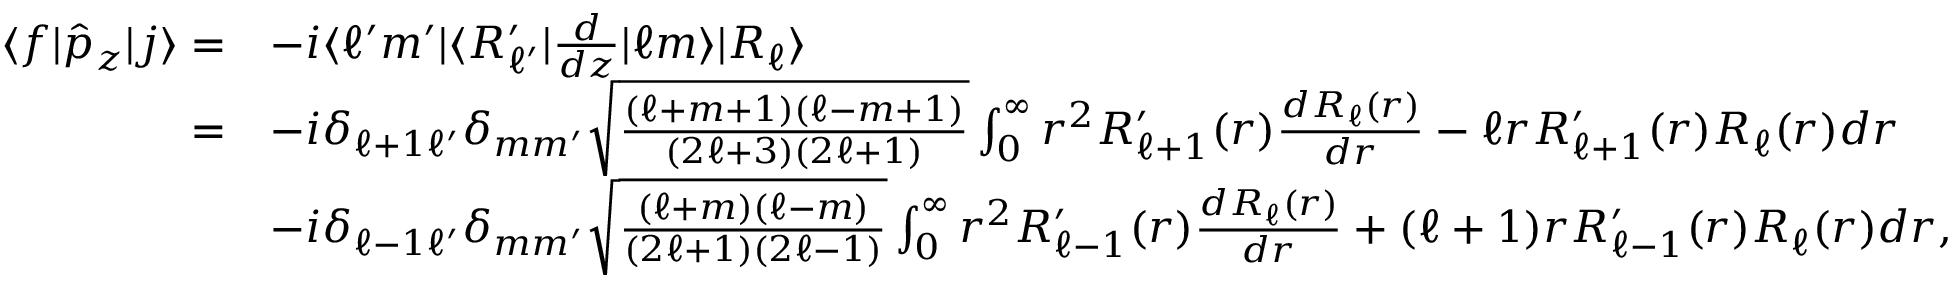
\begin{array} { r l } { \langle f | \hat { p } _ { z } | j \rangle = } & { - i \langle \ell ^ { \prime } m ^ { \prime } | \langle R _ { \ell ^ { \prime } } ^ { \prime } | \frac { d } { d z } | \ell m \rangle | R _ { \ell } \rangle } \\ { = } & { - i \delta _ { \ell + 1 \ell ^ { \prime } } \delta _ { m m ^ { \prime } } \sqrt { \frac { ( \ell + m + 1 ) ( \ell - m + 1 ) } { ( 2 \ell + 3 ) ( 2 \ell + 1 ) } } \int _ { 0 } ^ { \infty } r ^ { 2 } R _ { \ell + 1 } ^ { \prime } ( r ) \frac { d R _ { \ell } ( r ) } { d r } - \ell r R _ { \ell + 1 } ^ { \prime } ( r ) R _ { \ell } ( r ) d r } \\ & { - i \delta _ { \ell - 1 \ell ^ { \prime } } \delta _ { m m ^ { \prime } } \sqrt { \frac { ( \ell + m ) ( \ell - m ) } { ( 2 \ell + 1 ) ( 2 \ell - 1 ) } } \int _ { 0 } ^ { \infty } r ^ { 2 } R _ { \ell - 1 } ^ { \prime } ( r ) \frac { d R _ { \ell } ( r ) } { d r } + ( \ell + 1 ) r R _ { \ell - 1 } ^ { \prime } ( r ) R _ { \ell } ( r ) d r , } \end{array}